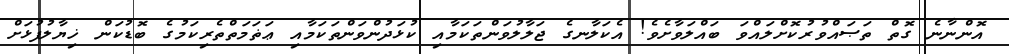
އޮންނާނެ ގޮތް ތަޞައްވުރުކޮށްލައްވަ ބައްލަވާށެވެ! އެކަލާނގެ ޖަލާލުވަންތަކަމާއި ކުޅަދުންވަންތަކަމާއި ޢަޡަމަތްތެރިކަމުގެ ބޮޑުކަން ޚިޔާލުފުޅަށް